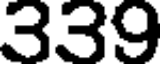
339